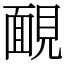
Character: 靦